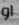
او